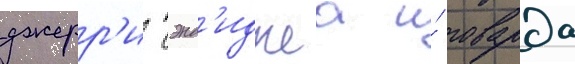
джерр'и сэнд'иджеа и́ говарда